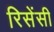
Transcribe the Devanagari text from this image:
रिसेंसी